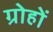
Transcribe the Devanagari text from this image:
ग्रोहों